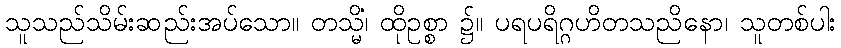
သူသည်သိမ်းဆည်းအပ်သော။ တသ္မိံ၊ ထိုဥစ္စာ ၌။ ပရပရိဂ္ဂဟိတသညိနော၊ သူတစ်ပါး